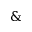
\mathrm { \& }